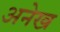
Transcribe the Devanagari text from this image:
अनेख